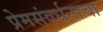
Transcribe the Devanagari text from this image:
प्रेमसंवर्धनाचा